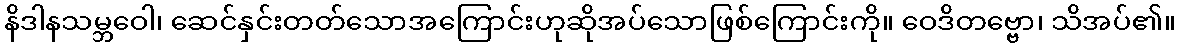
နိဒါနသမ္ဘဝေါ၊ ဆေင်နှင်းတတ်သောအကြောင်းဟုဆိုအပ်သောဖြစ်ကြောင်းကို။ ဝေဒိတဗ္ဗော၊ သိအပ်၏။